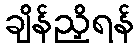
ချိန်ညှိရန်